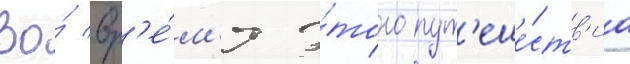
Во́ вр'е́м'я э́того пут'еше́ств'иа